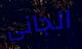
الجانى